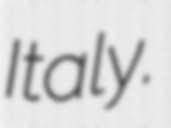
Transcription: Italy.